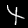
Label: 4